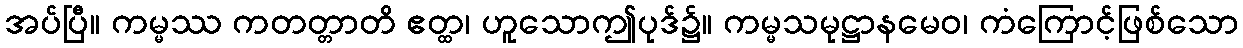
အပ်ပြီ။ ကမ္မဿ ကတတ္တာတိ ဧတ္ထ၊ ဟူသောဤပုဒ်၌။ ကမ္မသမုဋ္ဌာနမေဝ၊ ကံကြောင့်ဖြစ်သော